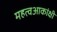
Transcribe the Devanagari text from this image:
महत्वआकांक्षी